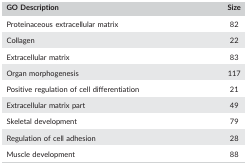
| GO Description | Size |
 | --- | --- |
 | Proteinaceous extracellular matrix | 82 |
 | Collagen | 22 |
 | Extracellular matrix | 83 |
 | Organ morphogenesis | 117 |
 | Positive regulation of cell differentiation | 21 |
 | Extracellular matrix part | 49 |
 | Skeletal development | 79 |
 | Regulation of cell adhesion | 28 |
 | Muscle development | 88 |